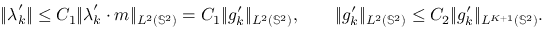
\| \boldsymbol { \lambda } _ { k } ^ { \prime } \| \leq C _ { 1 } \| \boldsymbol { \lambda } _ { k } ^ { \prime } \cdot \boldsymbol { m } \| _ { L ^ { 2 } ( \mathbb { S } ^ { 2 } ) } = C _ { 1 } \| g _ { k } ^ { \prime } \| _ { L ^ { 2 } ( \mathbb { S } ^ { 2 } ) } , \qquad \| g _ { k } ^ { \prime } \| _ { L ^ { 2 } ( \mathbb { S } ^ { 2 } ) } \leq C _ { 2 } \| g _ { k } ^ { \prime } \| _ { L ^ { K + 1 } ( \mathbb { S } ^ { 2 } ) } .